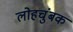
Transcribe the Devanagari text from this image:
लोहचुंबक